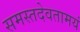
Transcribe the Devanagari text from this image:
समस्तदेवतामयं